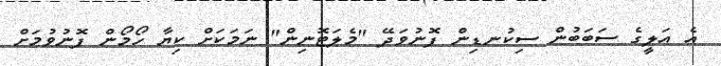
އެ އަލީގެ ސަބަބުން ސިކުނޑިން ފޮނުވަދޭ "މެެލަޓޮނިން" ނަމަކަށް ކިޔާ ހޯމޯން ފޮނުވުމަށް